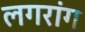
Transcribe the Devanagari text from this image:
लगरांग